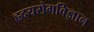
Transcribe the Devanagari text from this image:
हृदयरोगविज्ञान